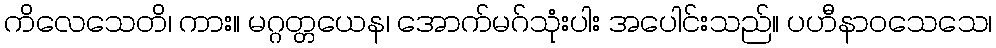
ကိလေသေတိ၊ ကား။ မဂ္ဂတ္တယေန၊ အောက်မဂ်သုံးပါး အပေါင်းသည်။ ပဟီနာဝသေသေ၊